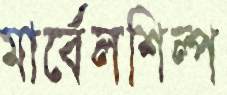
মার্বেলশিল্প